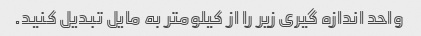
واحد اندازه گیری زیر را از کیلومتر به مایل تبدیل کنید.